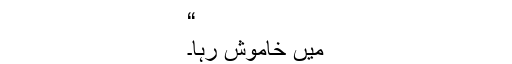
“
میں خاموش رہا۔